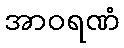
အာဝရဏံ